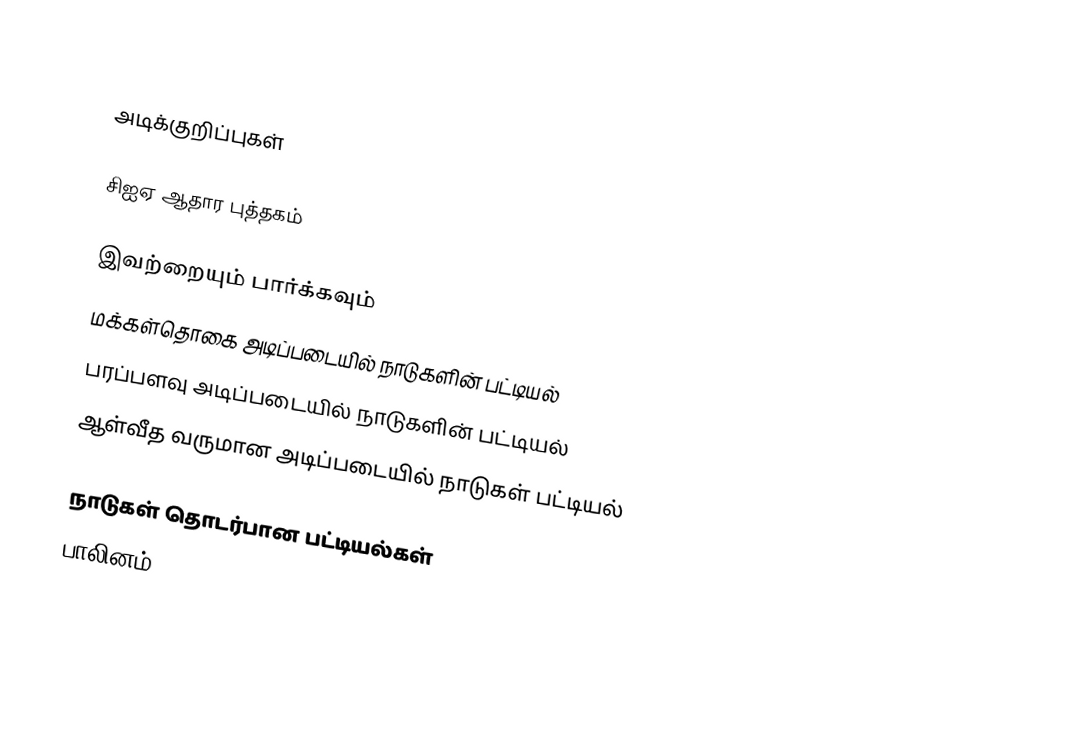

அடிக்குறிப்புகள்

சிஐஏ ஆதார புத்தகம்

இவற்றையும் பார்க்கவும்
மக்கள்தொகை அடிப்படையில் நாடுகளின் பட்டியல்
பரப்பளவு அடிப்படையில் நாடுகளின் பட்டியல்
ஆள்வீத வருமான அடிப்படையில் நாடுகள் பட்டியல்

நாடுகள் தொடர்பான பட்டியல்கள்
பாலினம்